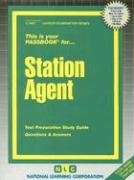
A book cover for Station Agent(Passbooks) (Career Examination Passbooks); Jack Rudman; Test Preparation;